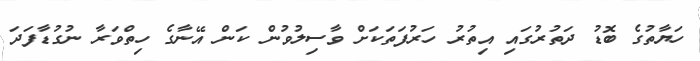
ހަޔާތުގެ ބޮޑު ދަތުރުގައި އިތުރު ހަރުފަތަކަށް ވާސިލުވުން ކަން އޭނާގެ ހިތްވަރާ ނުގުޑާފަދަ